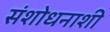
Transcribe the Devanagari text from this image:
संशोधनाशी